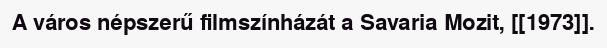
A város népszerű filmszínházát a Savaria Mozit, [[1973]].